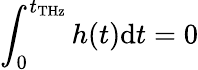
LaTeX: \int_{0}^{t_{\mathrm{THz}}}h(t)\mathrm{d}t=0